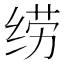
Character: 𱺣